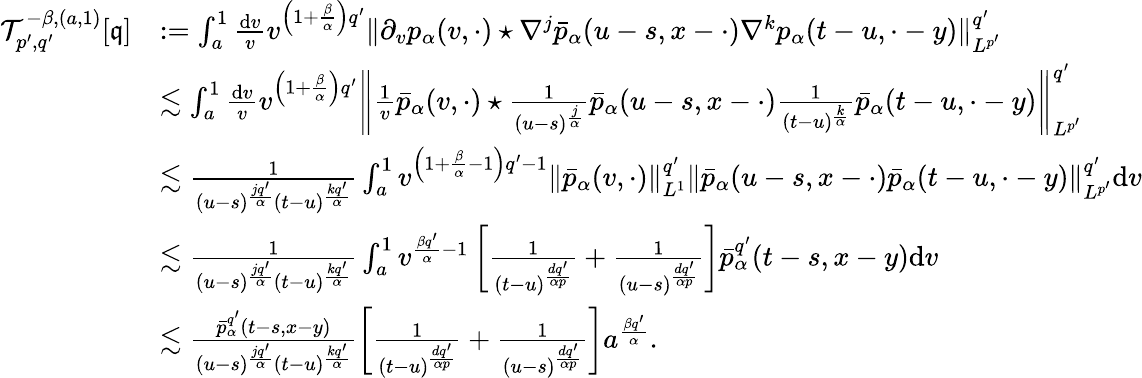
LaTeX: \begin{array}{rl}{\mathcal{T}_{p^{\prime},q^{\prime}}^{-\beta,(a,1)}[\mathfrak{q}]}&{:=\int_{a}^{1}\frac{\mathrm{d}v}{v}v^{\left(1+\frac{\beta}{\alpha}\right)q^{\prime}}\Vert\partial_{v}p_{\alpha}(v,\cdot)\star\nabla^{j}\bar{p}_{\alpha}(u-s,x-\cdot)\nabla^{k}p_{\alpha}(t-u,\cdot-y)\Vert_{L^{p^{\prime}}}^{q^{\prime}}}\\ &{\lesssim\int_{a}^{1}\frac{\mathrm{d}v}{v}v^{\left(1+\frac{\beta}{\alpha}\right)q^{\prime}}\left\Vert\frac{1}{v}\bar{p}_{\alpha}(v,\cdot)\star\frac{1}{(u-s)^{\frac{j}{\alpha}}}\bar{p}_{\alpha}(u-s,x-\cdot)\frac{1}{(t-u)^{\frac{k}{\alpha}}}\bar{p}_{\alpha}(t-u,\cdot-y)\right\Vert_{L^{p^{\prime}}}^{q^{\prime}}}\\ &{\lesssim\frac{1}{(u-s)^{\frac{jq^{\prime}}{\alpha}}(t-u)^{\frac{kq^{\prime}}{\alpha}}}\int_{a}^{1}v^{\left(1+\frac{\beta}{\alpha}-1\right)q^{\prime}-1}\left\Vert\bar{p}_{\alpha}(v,\cdot)\right\Vert_{L^{1}}^{q^{\prime}}\left\Vert\bar{p}_{\alpha}(u-s,x-\cdot)\bar{p}_{\alpha}(t-u,\cdot-y)\right\Vert_{L^{p^{\prime}}}^{q^{\prime}}\mathrm{d}v}\\ &{\lesssim\frac{1}{(u-s)^{\frac{jq^{\prime}}{\alpha}}(t-u)^{\frac{kq^{\prime}}{\alpha}}}\int_{a}^{1}v^{\frac{\beta q^{\prime}}{\alpha}-1}\left[\frac{1}{(t-u)^{\frac{dq^{\prime}}{\alpha p}}}+\frac{1}{(u-s)^{\frac{dq^{\prime}}{\alpha p}}}\right]\bar{p}_{\alpha}^{q^{\prime}}(t-s,x-y)\mathrm{d}v}\\ &{\lesssim\frac{\bar{p}_{\alpha}^{q^{\prime}}(t-s,x-y)}{(u-s)^{\frac{jq^{\prime}}{\alpha}}(t-u)^{\frac{kq^{\prime}}{\alpha}}}\left[\frac{1}{(t-u)^{\frac{dq^{\prime}}{\alpha p}}}+\frac{1}{(u-s)^{\frac{dq^{\prime}}{\alpha p}}}\right]a^{\frac{\beta q^{\prime}}{\alpha}}.}\end{array}